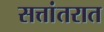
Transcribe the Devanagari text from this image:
सत्तांतरात